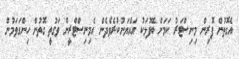
އެގޮތުން ފޮރިން މިނިސްޓަރު ކަމަށް ބޭފުޅަކު އައްޔަނުކުރެވެދެން އެމިނިސްޓްރީން ވަގުތީ ގޮތުން ހިންގަވަމުން